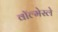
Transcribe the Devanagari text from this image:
वॉल्मेस्ले